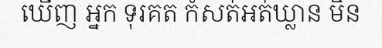
ឃើញ អ្នក ទុរគត កំសត់អត់ឃ្លាន មិន